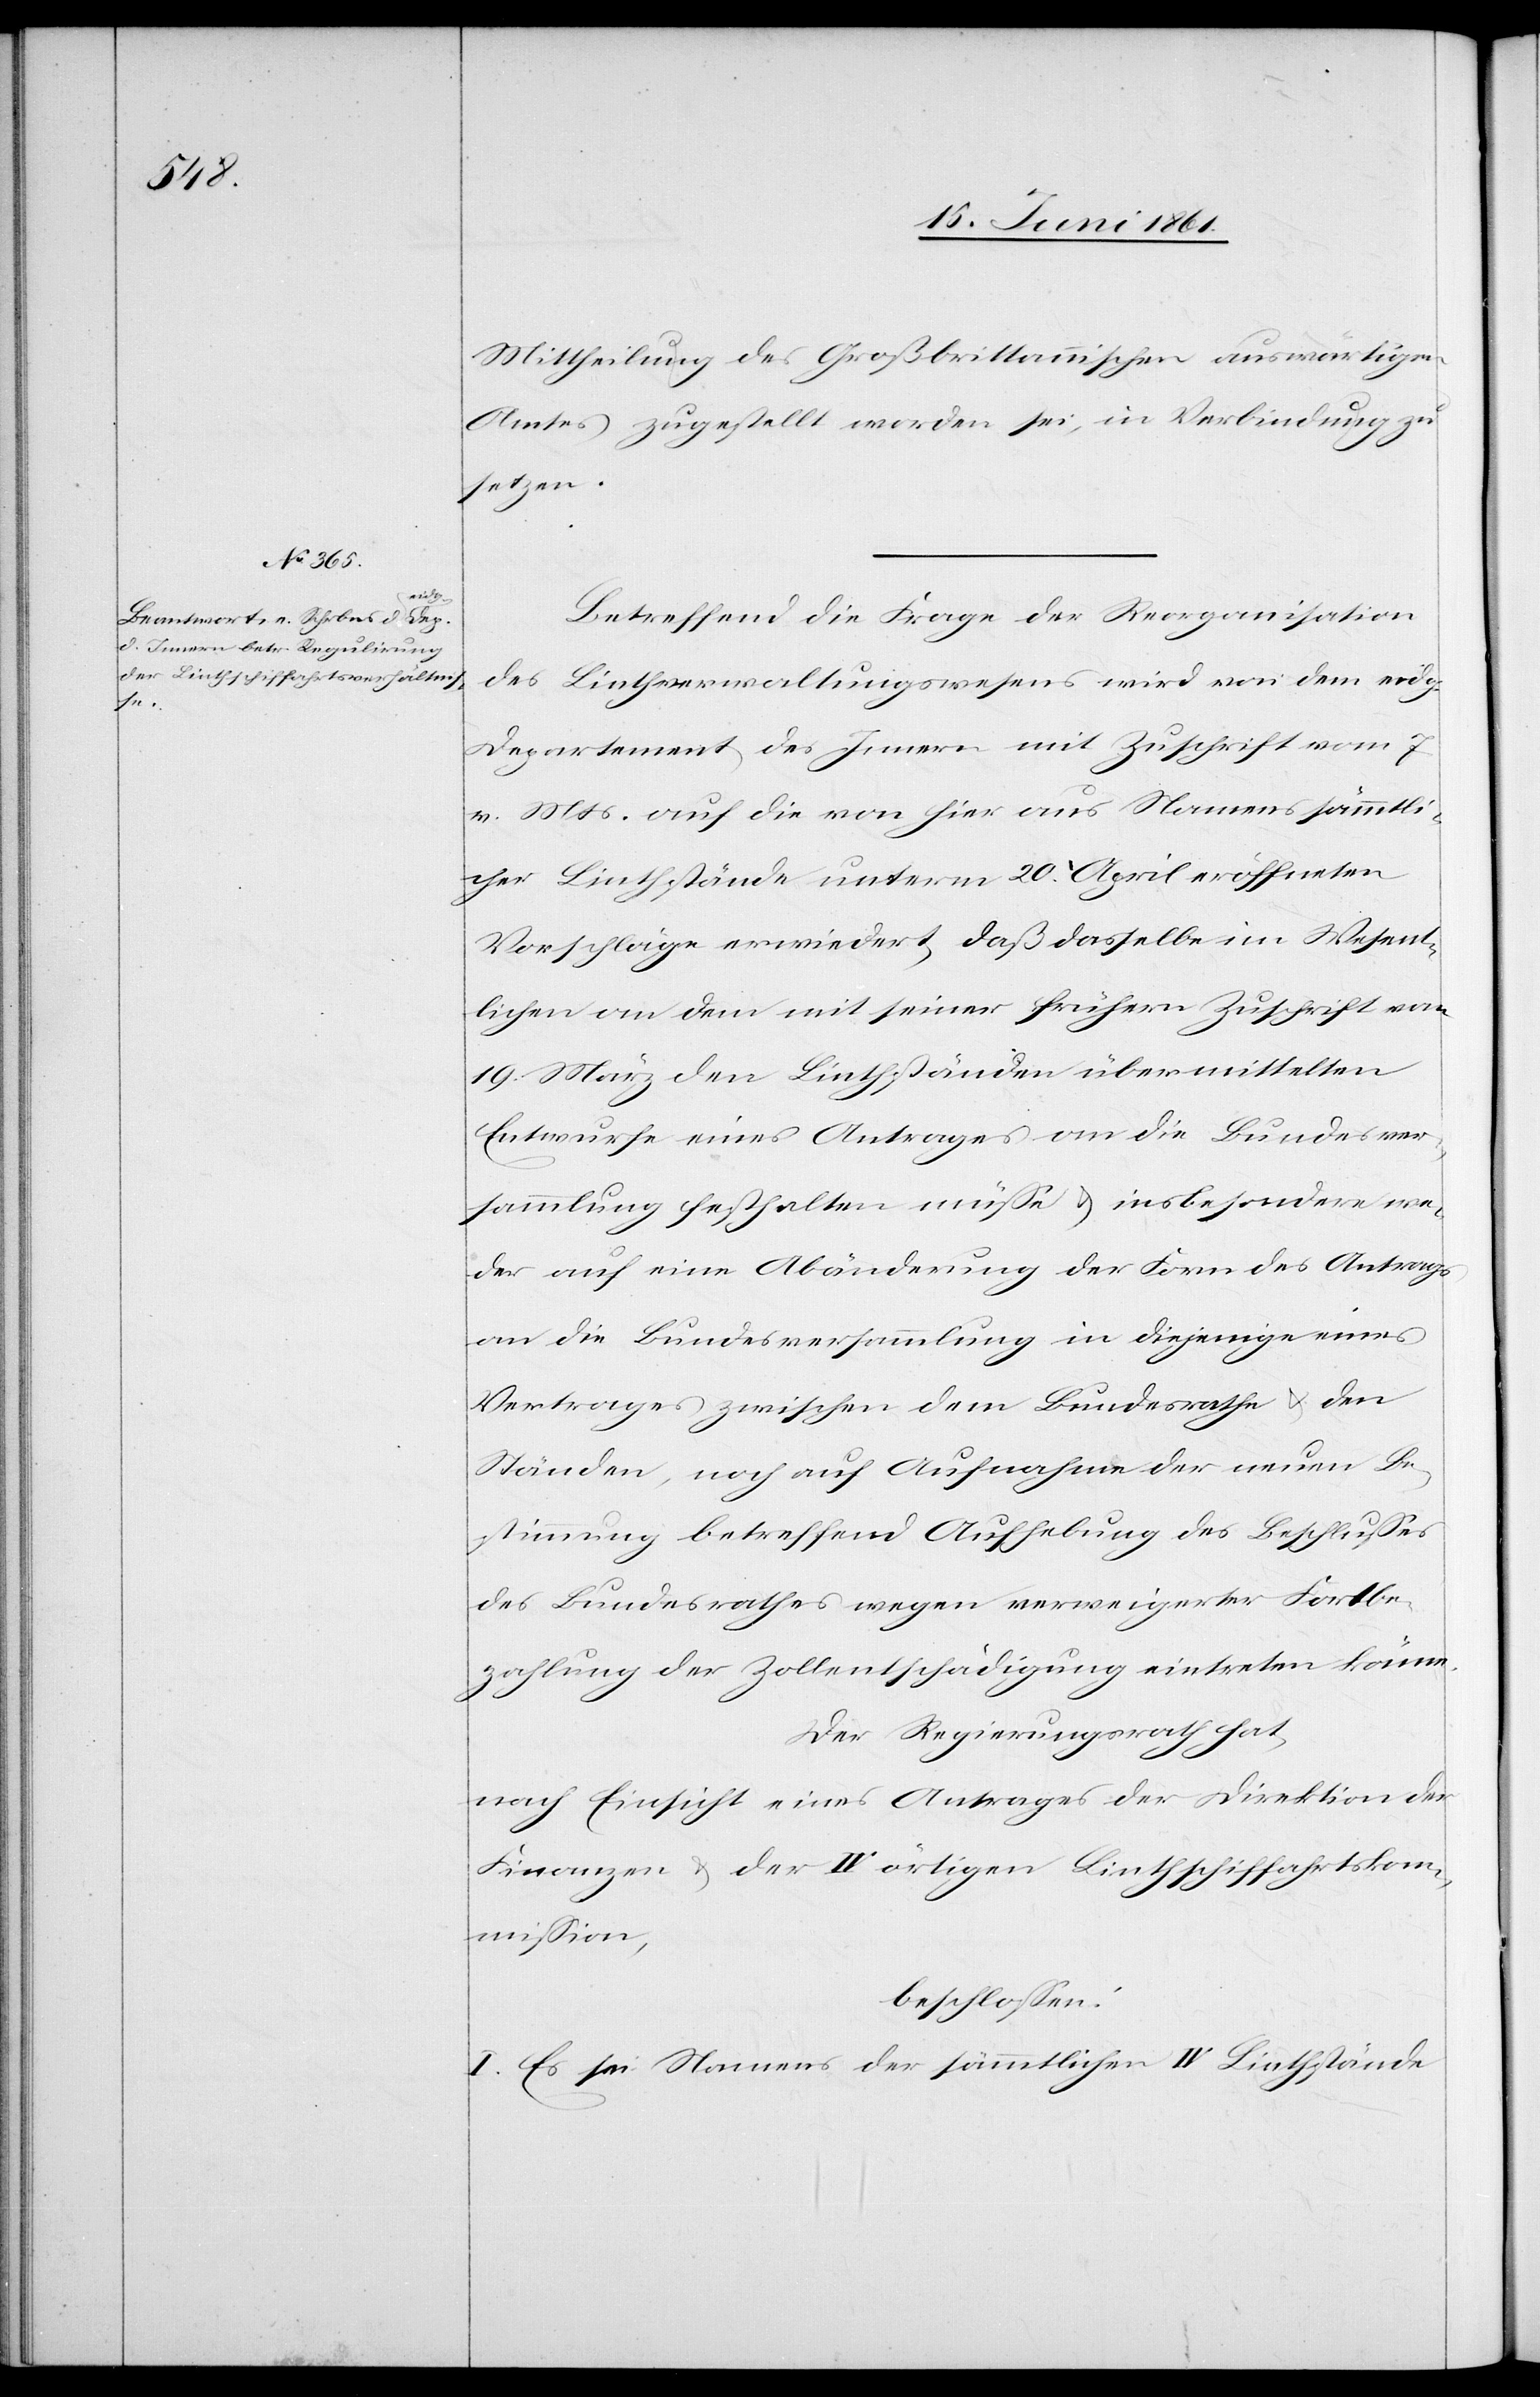
Mittheilung des Großbrittannischen auswärtigen
Amtes zugestellt worden sei, in Verbindung zu
setzen.
Betreffend die Frage der Reorganisation
des Linthverwaltungswesens wird von dem eidg.
Departement des Innern mit Zuschrift vom 7.
v. Mts. auf die von hier aus Namens sämmtli¬
cher Linthstände unterm 20. April eröffneten
Vorschläge erwiedert, daß dasselbe im Wesent¬
lichen an dem mit seiner frühern Zuschrift vom
19. März den Linthständen übermittelten
Entwurfe eines Antrages an die Bundesver¬
sammlung festhalten müsse u. insbesondere we¬
der auf eine Abänderung der Form des Antrages
an die Bundesversammlung in diejenige eines
Vertrages zwischen dem Bundesrathe u. den
Ständen, noch auf Aufnahme der neuen Be¬
stimmung betreffend Aufhebung des Beschlusses
des Bundesrathes wegen verweigerter Fortbe¬
zahlung der Zollentschädigung eintreten könne.
Der Regierungsrath hat,
nach Einsicht eines Antrages der Direktion der
Finanzen u. der IV örtigen Lintschiffahrtskom¬
mission,
beschlossen:
I. Es sei Namens der sämmtlichen IV Linthbestände